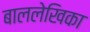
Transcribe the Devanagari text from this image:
बाललेखिका